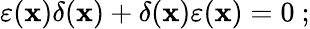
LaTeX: \varepsilon(\mathbf{x})\delta(\mathbf{x})+\delta(\mathbf{x})\varepsilon(\mathbf{x})=0~;